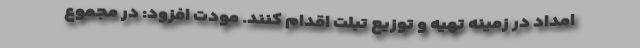
امداد در زمینه تهیه و توزیع تبلت اقدام کنند. مودت افزود: در مجموع